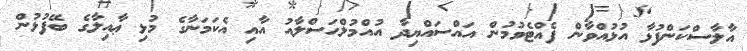
އާލާސްކަންފުޅާ އުޅުއްވާން ފެއްޓެވުމުން އައްސައްޔިދާ އުއްމުލްޙަސްލާއު އާއި އެކަމަނާގެ މުޅި ޢާއިލާގެ ބޭފުޅުން